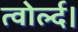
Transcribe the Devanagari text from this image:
त्वोर्ल्द।